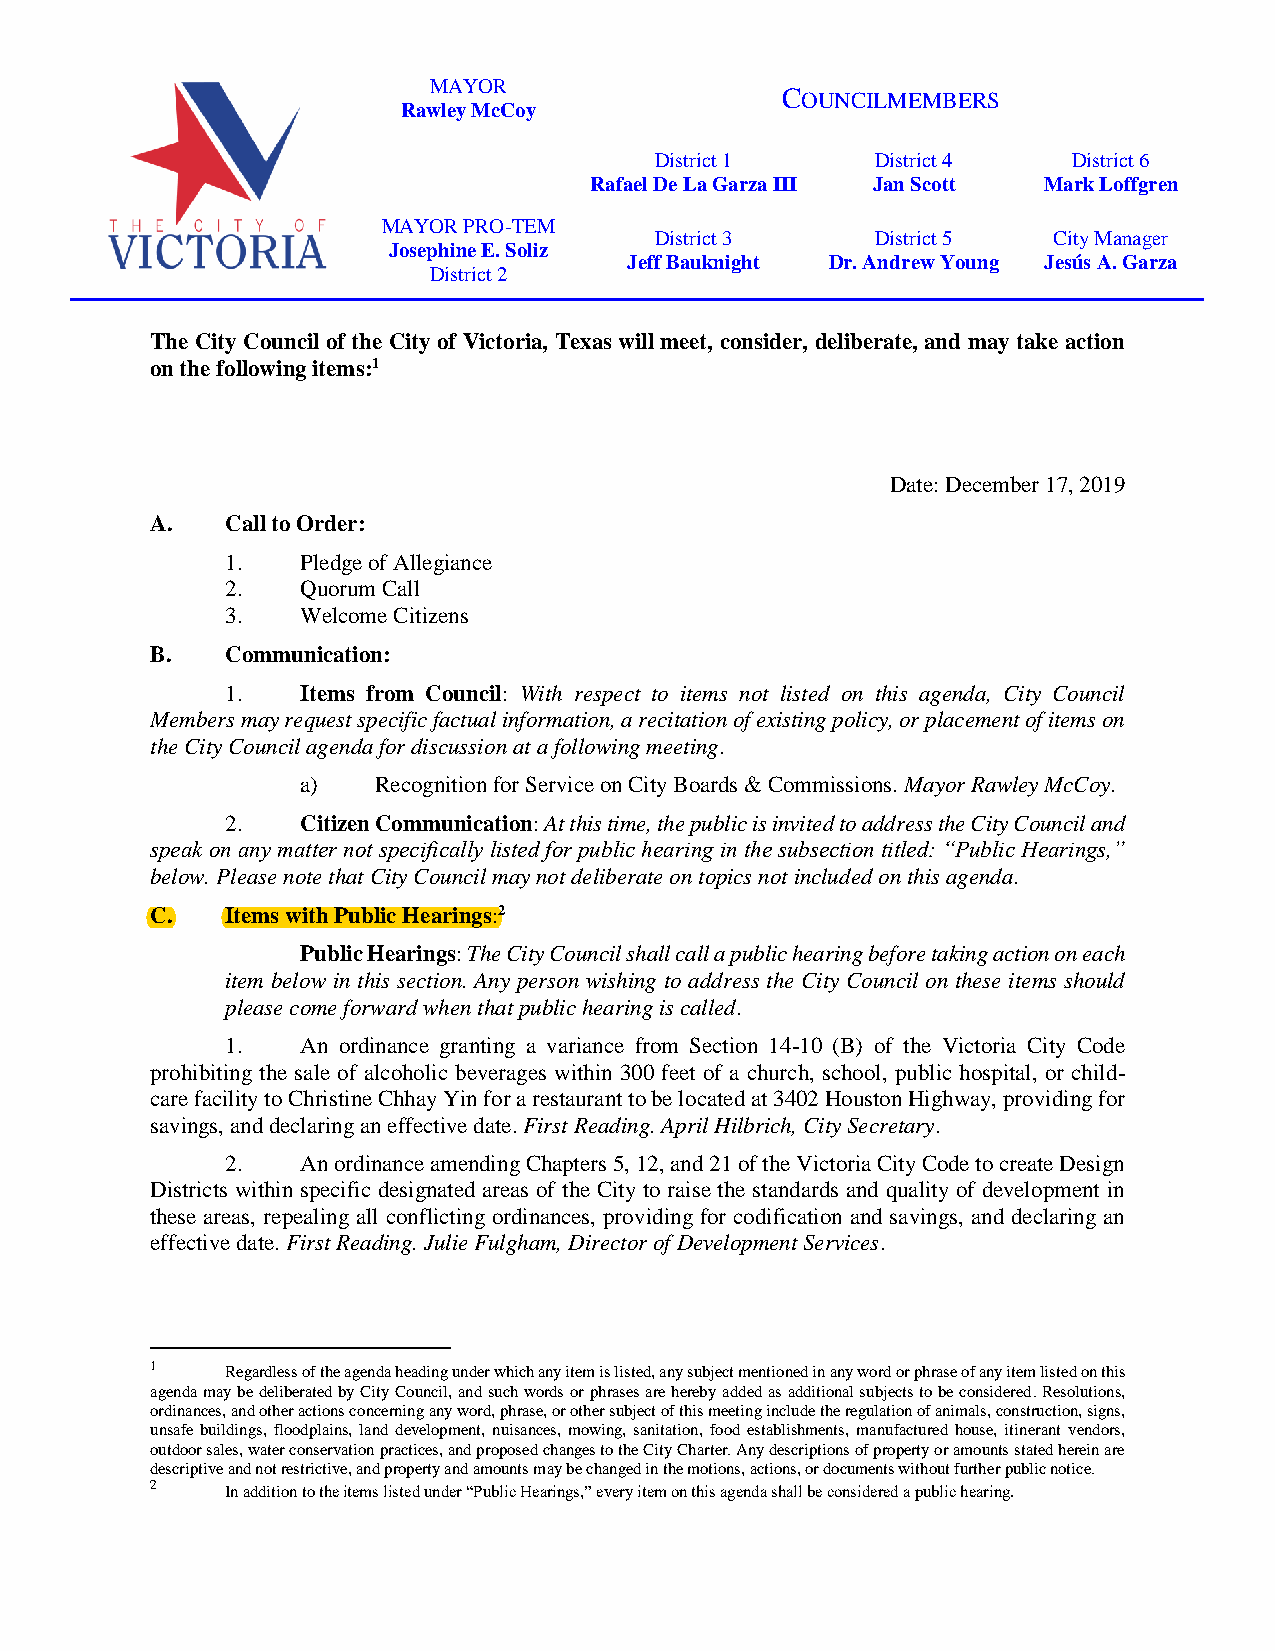
MAYOR
 COUNCILMEMBERS
 Rawley McCoy
 District 1     District 4   District 6
 Rafael De La Garza III Jan Scott Mark Loffgren
 MAYOR PRO-TEM
 District 3     District 5  City Manager
 Josephine E. Soliz
 Jeff Bauknight Dr. Andrew Young Jesús A. Garza
 District 2
 The City Council of the City of Victoria, Texas will meet, consider, deliberate, and may take action
 on the following items:1
 Date: December 17, 2019
 A.   Call to Order:
 1.   Pledge of Allegiance
 2.   Quorum Call
 3.   Welcome Citizens
 B.   Communication:
 1.   Items from Council: With respect to items not listed on this agenda, City Council
 Members may request specific factual information, a recitation of existing policy, or placement of items on
 the City Council agenda for discussion at a following meeting.
 a)   Recognition for Service on City Boards & Commissions. Mayor Rawley McCoy.
 2.   Citizen Communication: At this time, the public is invited to address the City Council and
 speak on any matter not specifically listed for public hearing in the subsection titled: “Public Hearings,”
 below. Please note that City Council may not deliberate on topics not included on this agenda.
 C.   Items with Public Hearings:2
 Public Hearings: The City Council shall call a public hearing before taking action on each
 item below in this section. Any person wishing to address the City Council on these items should
 please come forward when that public hearing is called.
 1.   An ordinance granting a variance from Section 14-10 (B) of the Victoria City Code
 prohibiting the sale of alcoholic beverages within 300 feet of a church, school, public hospital, or child-
 care facility to Christine Chhay Yin for a restaurant to be located at 3402 Houston Highway, providing for
 savings, and declaring an effective date. First Reading. April Hilbrich, City Secretary.
 2.   An ordinance amending Chapters 5, 12, and 21 of the Victoria City Code to create Design
 Districts within specific designated areas of the City to raise the standards and quality of development in
 these areas, repealing all conflicting ordinances, providing for codification and savings, and declaring an
 effective date. First Reading. Julie Fulgham, Director of Development Services.
 1    Regardless of the agenda heading under which any item is listed, any subject mentioned in any word or phrase of any item listed on this
 agenda may be deliberated by City Council, and such words or phrases are hereby added as additional subjects to be considered. Resolutions,
 ordinances, and other actions concerning any word, phrase, or other subject of this meeting include the regulation of animals, construction, signs,
 unsafe buildings, floodplains, land development, nuisances, mowing, sanitation, food establishments, manufactured house, itinerant vendors,
 outdoor sales, water conservation practices, and proposed changes to the City Charter. Any descriptions of property or amounts stated herein are
 descriptive and not restrictive, and property and amounts may be changed in the motions, actions, or documents without further public notice.
 2    In addition to the items listed under “Public Hearings,” every item on this agenda shall be considered a public hearing.